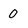
Character: 0